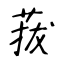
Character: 菝